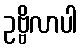
ဥဗ္ဗိလာပါ